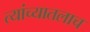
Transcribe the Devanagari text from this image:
त्यांच्यातलाच